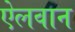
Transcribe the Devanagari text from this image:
ऐलवान